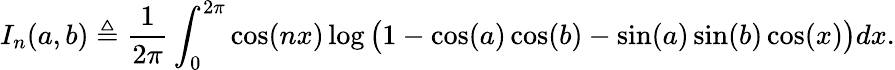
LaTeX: I_{n}(a,b)\triangleq\frac{1}{2\pi}\int_{0}^{2\pi}\cos(nx)\log\big(1-\cos(a)\cos(b)-\sin(a)\sin(b)\cos(x)\big)dx.